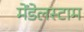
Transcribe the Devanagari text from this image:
मेंडेलस्टाम